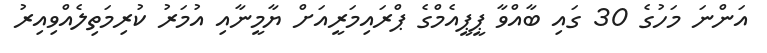
އަންނަ މަހުގެ 30 ގައި ބާއްވާ ޕީޕީއެމްގެ ޕްރައިމަރީއަށް ޔާމީނާއި އުމަރު ކުރިމަތިލެއްވިއިރު